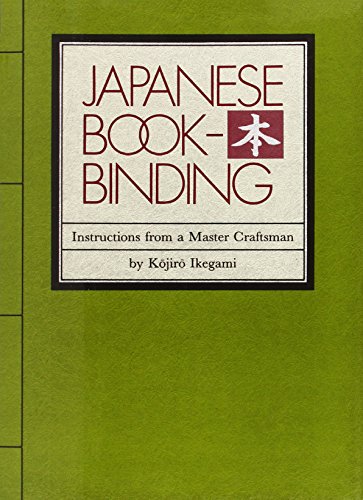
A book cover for Japanese Bookbinding: Instructions From A Master Craftsman; Kojiro Ikegami; Computers & Technology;